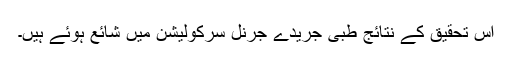
اس تحقیق کے نتائج طبی جریدے جرنل سرکولیشن میں شائع ہوئے ہیں۔